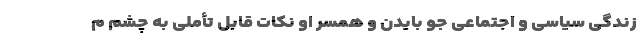
زندگی سیاسی و اجتماعی جو بایدن و همسر او نکات قابل تأملی به چشم م